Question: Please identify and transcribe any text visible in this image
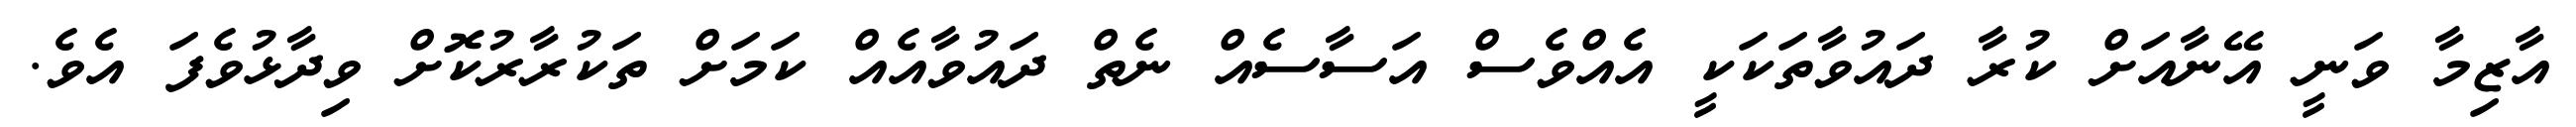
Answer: އާޒިމާ ވަނީ އޭނާއަށް ކުރާ ދައުވާތަކަކީ އެއްވެސް އަސާސެއް ނެތް ދައުވާއެއް ކަމަށް ތަކުރާރުކޮށް ވިދާޅުވެފަ އެވެ.